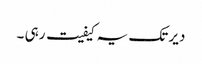
دیر تک یہ کیفیت رہی ۔